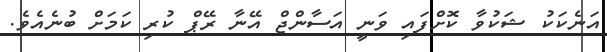
އަނެކަކު ޝަކުވާ ކޮށްފައި ވަނީ އަސާންޖް އޭނާ ރޭޕް ކުރި ކަމަށް ބުނެއެވެ.